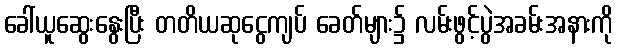
ခေါ်ယူဆွေးနွေးပြီး တတိယဆုငွေကျပ် ခေတ်များ၌ လမ်းဖွင့်ပွဲအခမ်းအနားကို